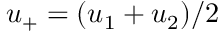
u _ { + } = ( u _ { 1 } + u _ { 2 } ) / 2